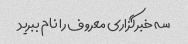
سه خبرگزاری معروف را نام ببرید